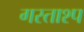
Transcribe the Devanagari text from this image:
गस्ताश्प